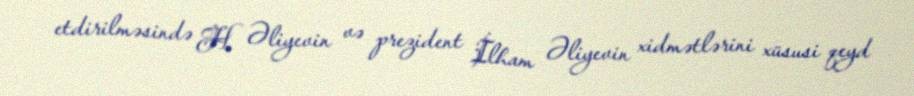
etdirilməsində H. Əliyevin və prezident İlham Əliyevin xidmətlərini xüsusi qeyd